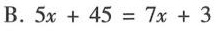
B.$$5 x + 4 5 = 7 x + 3$$